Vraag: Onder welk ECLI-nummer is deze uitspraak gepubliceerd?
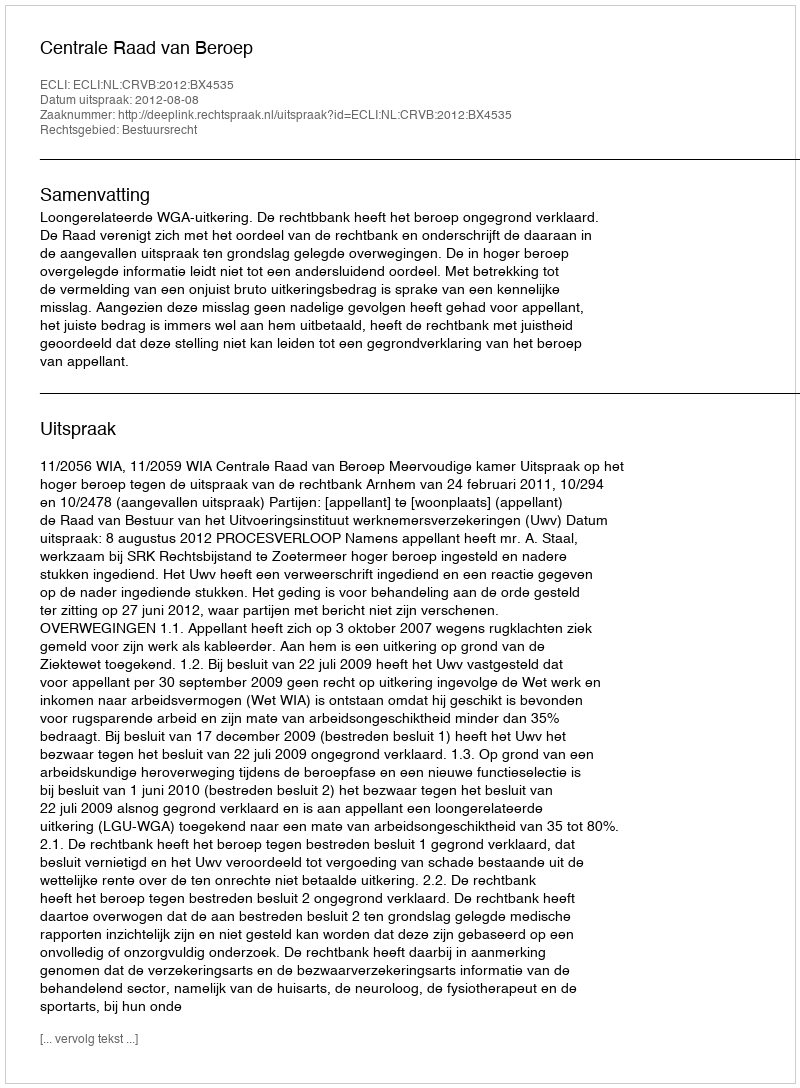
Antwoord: ECLI:NL:CRVB:2012:BX4535